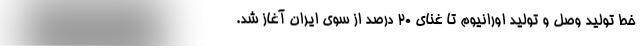
خط تولید وصل و تولید اورانیوم تا غنای ۲۰ درصد از سوی ایران آغاز شد.